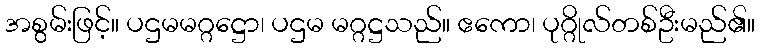
အစွမ်းဖြင့်။ ပဌမမဂ္ဂဋ္ဌော၊ ပဌမ မဂ္ဂဋ္ဌသည်။ ဧကော၊ ပုဂ္ဂိုလ်တစ်ဦးမည်၏။